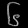
Digit: ၆